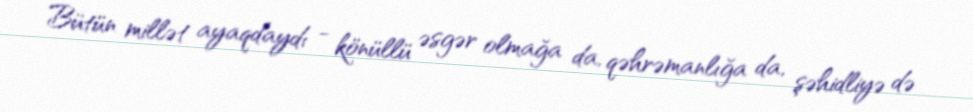
Bütün millət ayaqdaydı - könüllü əsgər olmağa da, qəhrəmanlığa da, şəhidliyə də